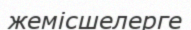
жемісшелерге